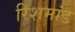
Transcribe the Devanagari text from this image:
रिशमांड